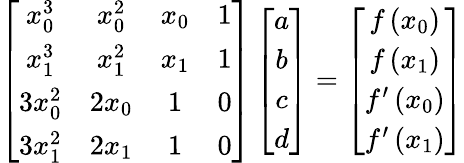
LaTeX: \left[\begin{array}{cccc}{x_{0}^{3}}&{x_{0}^{2}}&{x_{0}}&{1}\\ {x_{1}^{3}}&{x_{1}^{2}}&{x_{1}}&{1}\\ {3x_{0}^{2}}&{2x_{0}}&{1}&{0}\\ {3x_{1}^{2}}&{2x_{1}}&{1}&{0}\end{array}\right]\left[\begin{array}{c}{a}\\ {b}\\ {c}\\ {d}\end{array}\right]=\left[\begin{array}{c}{f\left(x_{0}\right)}\\ {f\left(x_{1}\right)}\\ {f^{\prime}\left(x_{0}\right)}\\ {f^{\prime}\left(x_{1}\right)}\end{array}\right]